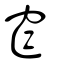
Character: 窄